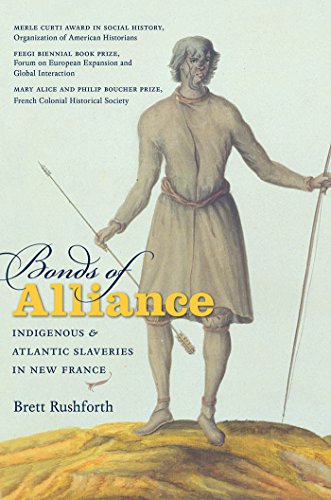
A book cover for Bonds of Alliance: Indigenous and Atlantic Slaveries in New France (Published for the Omohundro Institute of Early American History and Culture, Williamsburg, Virginia); Brett Rushforth; History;